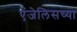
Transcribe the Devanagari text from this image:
एंजेलिसच्या